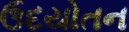
ઉદયોતન